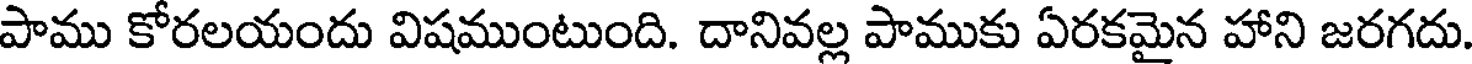
పాము కోరలయందు విషముంటుంది. దానివల్ల పాముకు ఏరకమైన హాని జరగదు.